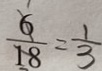
\frac { 6 } { 1 8 } = \frac { 1 } { 3 }